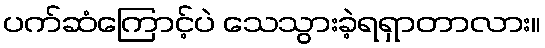
ပက်ဆံကြောင့်ပဲ သေသွားခဲ့ရရှာတာလား။